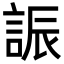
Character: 誫